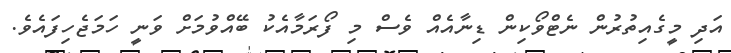
އަދި މީގެއިތުރުން ނެޓްވޯކިން ޑިނާއެއް ވެސް މި ފޯރަމާއެކު ބޭއްވުމަށް ވަނީ ހަމަޖެހިފައެވެ.